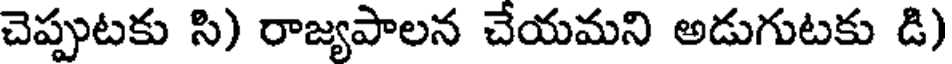
చెప్పుటకు సి) రాజ్యపాలన చేయమని అడుగుటకు డి)